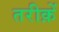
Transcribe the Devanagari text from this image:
तरीक़ें